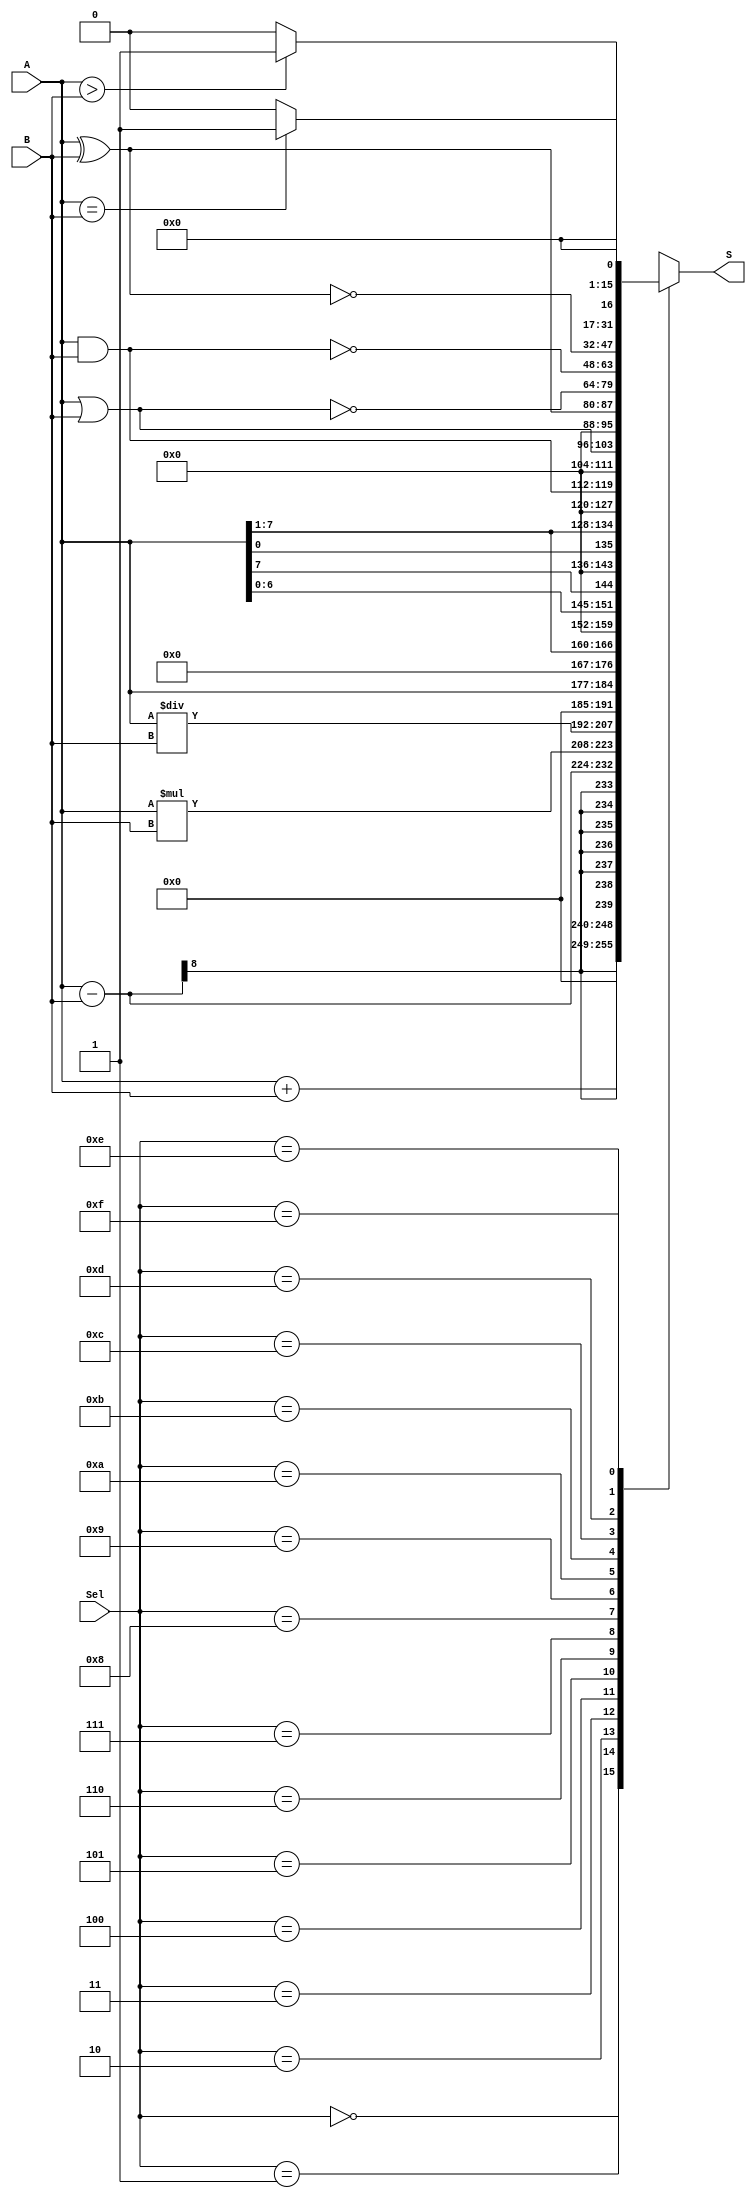
//Joo Cosmo, Mirele Silva, Ana Louise, Pedro Lucas


module ULA(S, Sel, A, B);
input [7:0] A, B;
input [3:0] Sel;
output reg [15:0] S;	
	always @(*)
	begin
		case (Sel)
			4'b0000: S = A + B;
			4'b0001: S = A - B;
			4'b0010: S = A * B;
			4'b0011: S = A/B;
			4'b0100: S = A << 1;
			4'b0101: S = A >> 1;
			4'b0110: S = {A[6:0], A[7]};
			4'b0111: S = {A[0], A[7:1]};
			4'b1000: S = A & B;
			4'b1001: S = A | B;
			4'b1010: S = A ^ B;
			4'b1011: S = ~(A | B); 
			4'b1100: S = ~(A & B);
			4'b1101: S = ~(A ^ B);
			4'b1110: S = A > B ? 1'b1 : 1'b0;
			4'b1111: S = A == B ? 1'b1 : 1'b0;
		endcase
	end
endmodule